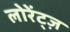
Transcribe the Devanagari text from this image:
लोरेंट्ज़